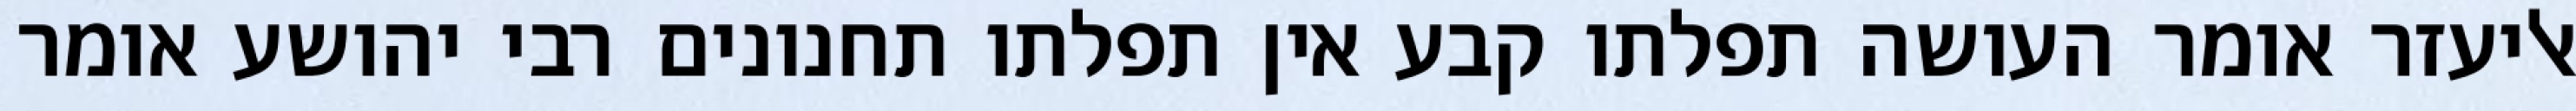
אליעזר אומר העושה תפלתו קבע אין תפלתו תחנונים רבי יהושע אומר